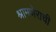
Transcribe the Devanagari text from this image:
श्रामणेराची